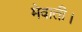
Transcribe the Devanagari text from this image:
मेवाती।